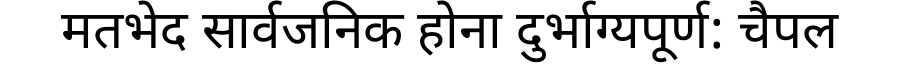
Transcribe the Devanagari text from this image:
मतभेद सार्वजनिक होना दुर्भाग्यपूर्ण: चैपल